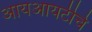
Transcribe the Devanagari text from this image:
आयआयटीचे